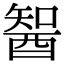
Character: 䣽